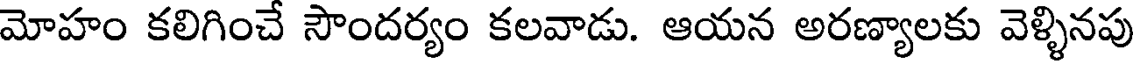
మోహం కలిగించే సౌందర్యం కలవాడు. ఆయన అరణ్యాలకు వెళ్ళినపు